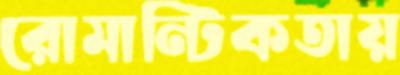
রোমান্টিকতায়